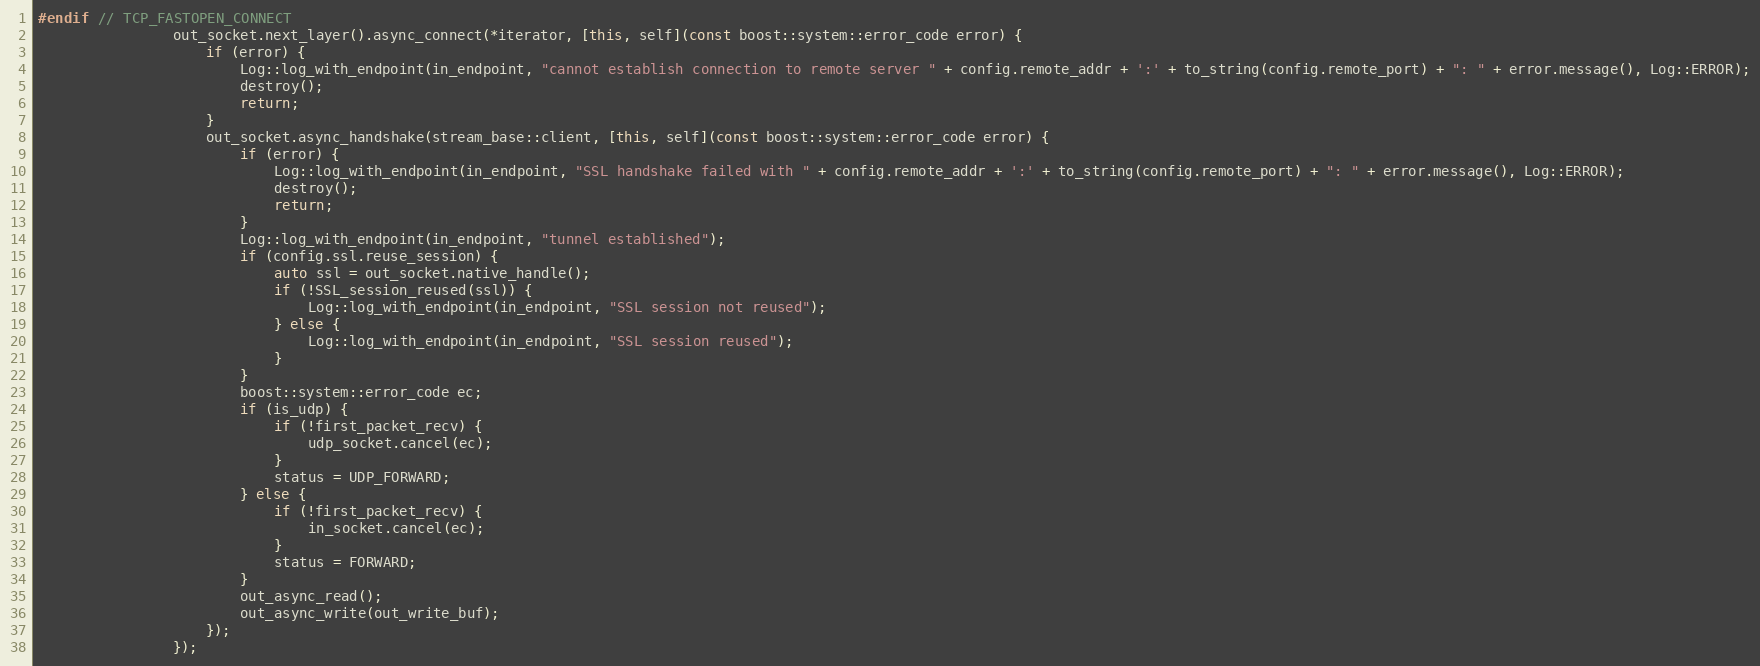
Language: C++
#endif // TCP_FASTOPEN_CONNECT
                out_socket.next_layer().async_connect(*iterator, [this, self](const boost::system::error_code error) {
                    if (error) {
                        Log::log_with_endpoint(in_endpoint, "cannot establish connection to remote server " + config.remote_addr + ':' + to_string(config.remote_port) + ": " + error.message(), Log::ERROR);
                        destroy();
                        return;
                    }
                    out_socket.async_handshake(stream_base::client, [this, self](const boost::system::error_code error) {
                        if (error) {
                            Log::log_with_endpoint(in_endpoint, "SSL handshake failed with " + config.remote_addr + ':' + to_string(config.remote_port) + ": " + error.message(), Log::ERROR);
                            destroy();
                            return;
                        }
                        Log::log_with_endpoint(in_endpoint, "tunnel established");
                        if (config.ssl.reuse_session) {
                            auto ssl = out_socket.native_handle();
                            if (!SSL_session_reused(ssl)) {
                                Log::log_with_endpoint(in_endpoint, "SSL session not reused");
                            } else {
                                Log::log_with_endpoint(in_endpoint, "SSL session reused");
                            }
                        }
                        boost::system::error_code ec;
                        if (is_udp) {
                            if (!first_packet_recv) {
                                udp_socket.cancel(ec);
                            }
                            status = UDP_FORWARD;
                        } else {
                            if (!first_packet_recv) {
                                in_socket.cancel(ec);
                            }
                            status = FORWARD;
                        }
                        out_async_read();
                        out_async_write(out_write_buf);
                    });
                });